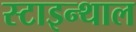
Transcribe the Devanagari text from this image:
स्टाइन्थाल